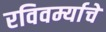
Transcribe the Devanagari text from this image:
रविवर्म्याचे